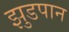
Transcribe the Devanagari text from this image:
झुडपान